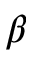
\beta